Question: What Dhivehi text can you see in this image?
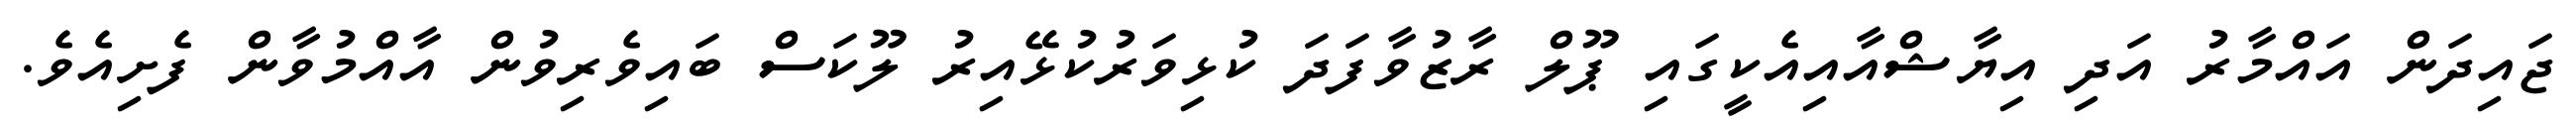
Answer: ޖައިދަން އައްމާރު އަދި އިޔާޝްއާއިއެކީގައި ޕޫލް ރާޒުވާފަދަ ކުޅިވަރުކުޅޭއިރު ލޫކަސް ބައިވެރިވުން އާއްމުވާން ފެށިއެވެ.